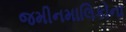
જમીનમાલિકોના